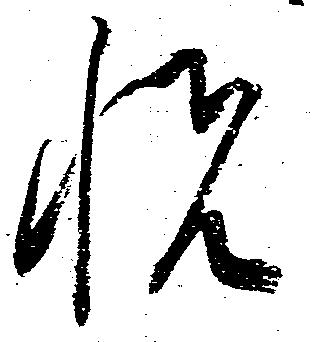
悦